Civil Veterinary Department ledger series I-VI
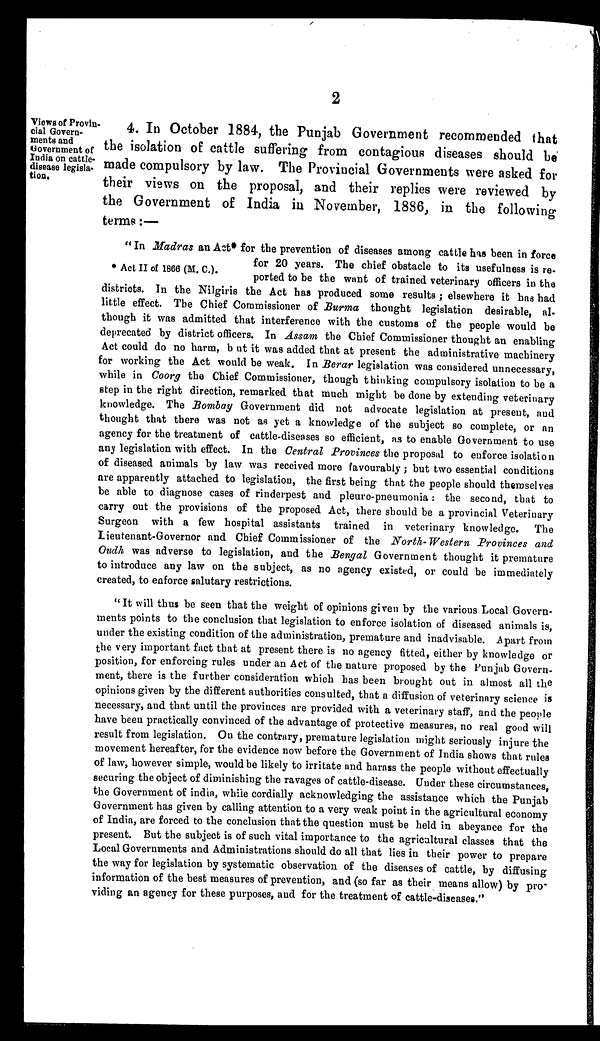
2
Views of Provin-
cial Govern-
ments and
Government of
India on cattle-
disease legisla-
tion.
4. In October 1884, the Punjab Government recommended that
the isolation of cattle suffering from contagious diseases should be
made compulsory by law. The Provincial Governments were asked for
their views on the proposal, and their replies were reviewed by
the Government of India in November, 1886, in the following
terms:—
* Act II of 1866 (M. C.).
"In Madras an Act* for the prevention of diseases among cattle has been in force
for 20 years. The chief obstacle to its usefulness is re-
ported to be the want of trained veterinary officers in the
districts. In the Nilgiris the Act has produced some results; elsewhere it has had
little effect. The Chief Commissioner of Burma thought legislation desirable, al-
though it was admitted that interference with the customs of the people would be
deprecated by district officers. In Assam the Chief Commissioner thought an enabling
Act could do no harm, but it was added that at present the administrative machinery
for working the Act would be weak. In Berar legislation was considered unnecessary,
while in Coorg the Chief Commissioner, though thinking compulsory isolation to be a
step in the right direction, remarked that much might be done by extending veterinary
knowledge. The Bombay Government did not advocate legislation at present, and
thought that there was not as yet a knowledge of the subject so complete, or an
agency for the treatment of cattle-diseases so efficient, as to enable Government to use
any legislation with effect. In the Central Provinces the proposal to enforce isolation
of diseased animals by law was received more favourably; but two essential conditions
are apparently attached to legislation, the first being that the people should themselves
be able to diagnose cases of rinderpest and pleuro-pneumonia: the second, that to
carry out the provisions of the proposed Act, there should be a provincial Veterinary
Surgeon with a few hospital assistants trained in veterinary knowledge. The
Lieutenant-Governor and Chief Commissioner of the North-Western Provinces and
Oudh was adverse to legislation, and the Bengal Government thought it premature
to introduce any law on the subject, as no agency existed, or could be immediately
created, to enforce salutary restrictions.
"It will thus be seen that the weight of opinions given by the various Local Govern-
ments points to the conclusion that legislation to enforce isolation of diseased animals is,
under the existing condition of the administration, premature and inadvisable. Apart from
the very important fact that at present there is no agency fitted, either by knowledge or
position, for enforcing rules under an Act of the nature proposed by the Punjab Govern-
ment, there is the further consideration which has been brought out in almost all the
opinions given by the different authorities consulted, that a diffusion of veterinary science is
necessary, and that until the provinces are provided with a veterinary staff, and the people
have been practically convinced of the advantage of protective measures, no real good will
result from legislation. On the contrary, premature legislation might seriously injure the
movement hereafter, for the evidence now before the Government of India shows that rules
of law, however simple, would be likely to irritate and harass the people without effectually
securing the object of diminishing the ravages of cattle-disease. Under these circumstances,
the Government of india, while cordially acknowledging the assistance which the Punjab
Government has given by calling attention to a very weak point in the agricultural economy
of India, are forced to the conclusion that the question must be held in abeyance for the
present. But the subject is of such vital importance to the agricultural classes that the
Local Governments and Administrations should do all that lies in their power to prepare
the way for legislation by systematic observation of the diseases of cattle, by diffusing
information of the best measures of prevention, and (so far as their means allow) by pro*
viding an agency for these purposes, and for the treatment of cattle-diseases,"